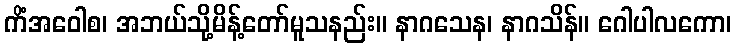
ကိံအဝေါစ၊ အဘယ်သို့မိန့်တော်မူသနည်း။ နာဂသေန၊ နာဂသိန်။ ဂေါပါလကော၊